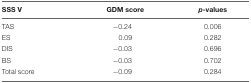
<table><thead><tr><td><b>SSS V</b></td><td><b>GDM score</b></td><td><b><i>p</i>-values</b></td></tr></thead><tbody><tr><td>TAS</td><td>-0.24</td><td>0.006</td></tr><tr><td>ES</td><td>0.09</td><td>0.282</td></tr><tr><td>DIS</td><td>-0.03</td><td>0.696</td></tr><tr><td>BS</td><td>-0.03</td><td>0.702</td></tr><tr><td>Total score</td><td>-0.09</td><td>0.284</td></tr></tbody></table>